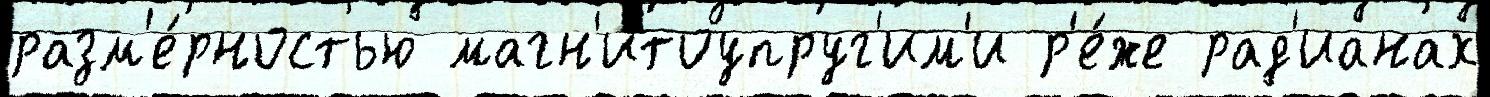
разм'е́рностью магн'итоупруг'им'и р'е́же рад'ианах